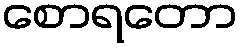
စောရတော